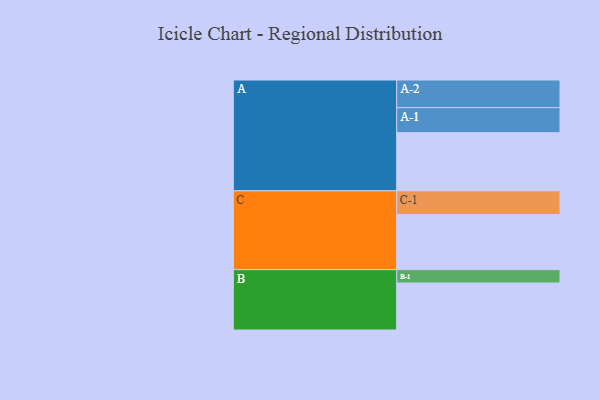
{"axis": {"x": "Segment", "y": "Value"}, "legend": ["", "A", "B", "C"], "data": [{"x": "A", "y": 600, "type": ""}, {"x": "B", "y": 485, "type": ""}, {"x": "C", "y": 570, "type": ""}, {"x": "A-1", "y": 259, "type": "A"}, {"x": "A-2", "y": 285, "type": "A"}, {"x": "B-1", "y": 138, "type": "B"}, {"x": "C-1", "y": 244, "type": "C"}]}